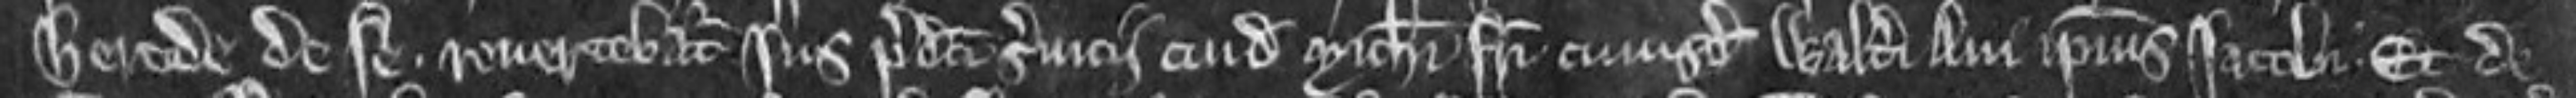
herede de se. revertebatur jus predicti servicii cuidam Michaeli fratri cujusdam Walteri avi ipsius Jacobi. et de